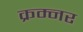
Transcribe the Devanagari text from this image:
क्रम्नर